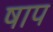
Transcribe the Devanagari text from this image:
षाप